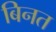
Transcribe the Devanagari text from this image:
बिनत